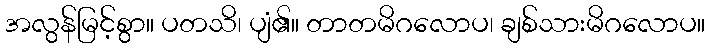
အလွန်မြင့်စွာ။ ပတသိ၊ ပျံ၏။ တာတမိဂလောပ၊ ချစ်သားမိဂလောပ။